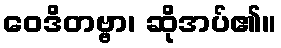
ဝေဒိတဗ္ဗာ၊ ဆိုအပ်၏။